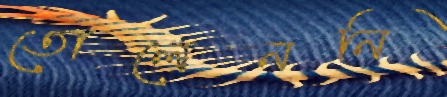
তোলেননি